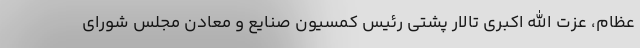
عظام، عزت الله اکبری تالار پشتی رئیس کمسیون صنایع و معادن مجلس شورای